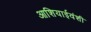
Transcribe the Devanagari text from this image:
आशियाईवंशी